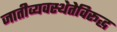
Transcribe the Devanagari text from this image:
जातीव्यवस्थेतेविरूद्ध